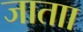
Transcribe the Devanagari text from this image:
जाताा